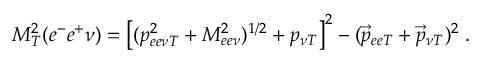
M _ { T } ^ { 2 } ( e ^ { - } e ^ { + } \nu ) = \left[ ( p _ { e e \nu T } ^ { 2 } + M _ { e e \nu } ^ { 2 } ) ^ { 1 / 2 } + p _ { \nu T } \right] ^ { 2 } - ( \vec { p } _ { e e T } + \vec { p } _ { \nu T } ) ^ { 2 } \; .